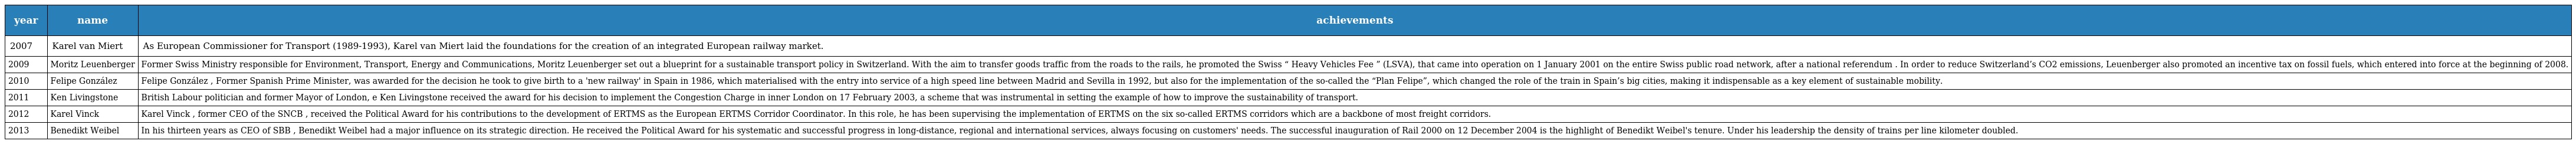
| year | name | achievements |
 | --- | --- | --- |
 | 2007 | Karel van Miert | As European Commissioner for Transport (1989-1993), Karel van Miert laid the foundations for the creation of an integrated European railway market. |
 | 2009 | Moritz Leuenberger | Former Swiss Ministry responsible for Environment, Transport, Energy and Communications, Moritz Leuenberger set out a blueprint for a sustainable transport policy in Switzerland. With the aim to transfer goods traffic from the roads to the rails, he promoted the Swiss “ Heavy Vehicles Fee ” (LSVA), that came into operation on 1 January 2001 on the entire Swiss public road network, after a national referendum . In order to reduce Switzerland’s CO2 emissions, Leuenberger also promoted an incentive tax on fossil fuels, which entered into force at the beginning of 2008. |
 | 2010 | Felipe González | Felipe González , Former Spanish Prime Minister, was awarded for the decision he took to give birth to a 'new railway' in Spain in 1986, which materialised with the entry into service of a high speed line between Madrid and Sevilla in 1992, but also for the implementation of the so-called the “Plan Felipe”, which changed the role of the train in Spain’s big cities, making it indispensable as a key element of sustainable mobility. |
 | 2011 | Ken Livingstone | British Labour politician and former Mayor of London, e Ken Livingstone received the award for his decision to implement the Congestion Charge in inner London on 17 February 2003, a scheme that was instrumental in setting the example of how to improve the sustainability of transport. |
 | 2012 | Karel Vinck | Karel Vinck , former CEO of the SNCB , received the Political Award for his contributions to the development of ERTMS as the European ERTMS Corridor Coordinator. In this role, he has been supervising the implementation of ERTMS on the six so-called ERTMS corridors which are a backbone of most freight corridors. |
 | 2013 | Benedikt Weibel | In his thirteen years as CEO of SBB , Benedikt Weibel had a major influence on its strategic direction. He received the Political Award for his systematic and successful progress in long-distance, regional and international services, always focusing on customers' needs. The successful inauguration of Rail 2000 on 12 December 2004 is the highlight of Benedikt Weibel's tenure. Under his leadership the density of trains per line kilometer doubled. |